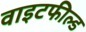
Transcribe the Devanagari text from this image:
वाइटफील्ड